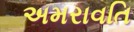
અમરાવતિ